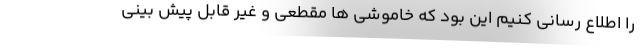
را اطلاع رسانی کنیم این بود که خاموشی ها مقطعی و غیر قابل پیش بینی